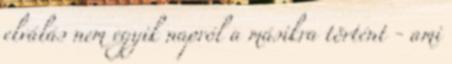
elválás nem egyik napról a másikra történt - ami